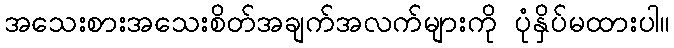
အသေးစားအသေးစိတ်အချက်အလက်များကို ပုံနှိပ်မထားပါ။